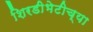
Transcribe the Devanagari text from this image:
शिरडीभेटीच्या